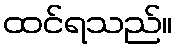
ထင်ရသည်။